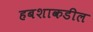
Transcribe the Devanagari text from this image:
हबशाकडील